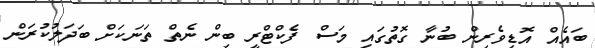
ބައެއް އޮޑިވެރިން ބުނާ ގޮތުގައި މަސް ފެކްޓްރީ ބިން ނެތް ތަނަކަށް ބަދަލުކުރަން